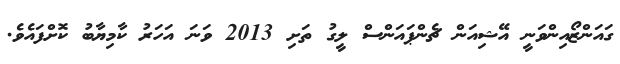
ގައަންޒޯއިންވަނީ އޭޝިއަން ޗެންޕައަންސް ލީގު ތަށި 2013 ވަނަ އަހަރު ކާމިޔާބު ކޮށްފައެވެ.